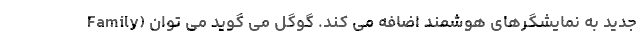
Family) جدید به نمایشگرهای هوشمند اضافه می کند. گوگل می گوید می توان